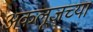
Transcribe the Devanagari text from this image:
अकलूजच्या